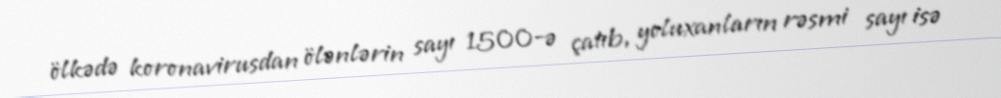
ölkədə koronavirusdan ölənlərin sayı 1500-ə çatıb, yoluxanların rəsmi sayı isə